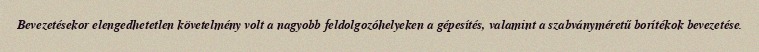
Bevezetésekor elengedhetetlen követelmény volt a nagyobb feldolgozóhelyeken a gépesítés, valamint a szabványméretű borítékok bevezetése.